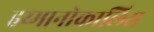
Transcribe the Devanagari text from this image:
हय्मानोकालिस